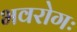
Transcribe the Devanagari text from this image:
भवरोगः